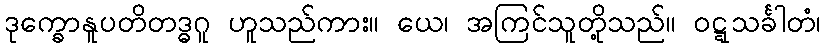
ဒုက္ခောနူပတိတဒ္ဓဂူ ဟူသည်ကား။ ယေ၊ အကြင်သူတို့သည်။ ဝဋ္ဋသင်္ခါတံ၊